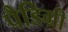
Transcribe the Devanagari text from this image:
पैडिग्री